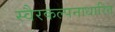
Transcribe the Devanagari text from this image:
स्वैरकल्पनाधारित